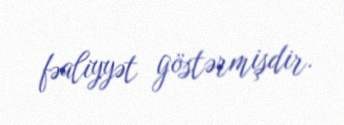
fəaliyyət göstərmişdir.